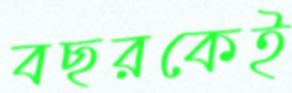
বছরকেই